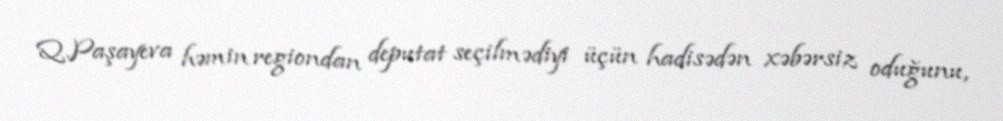
Q.Paşayeva həmin regiondan deputat seçilmədiyi üçün hadisədən xəbərsiz oduğunu,